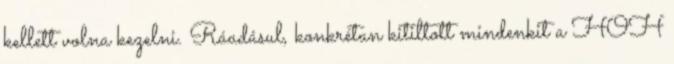
kellett volna kezelni. Ráadásul, konkrétan kitiltott mindenkit a HOH